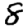
Digit: 8